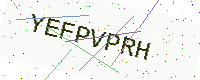
Text: YEFPVPRH